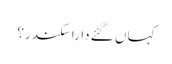
کہاں گئے دارا سکندر؟